Regulations for the medical services of the Army of India
Year: 1930
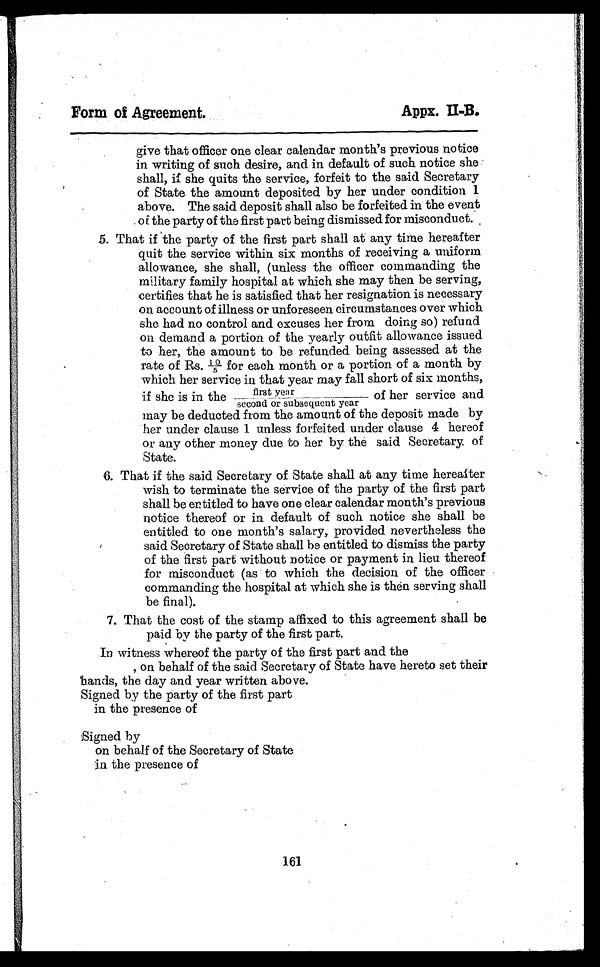
Form of Agreement.
Appx. II-B.
give that officer one clear calendar month's previous notice
in writing of such desire, and in default of such notice she
shall, if she quits the service, forfeit to the said Secretary
of State the amount deposited by her under condition 1
above. The said deposit shall also be forfeited in the event
of the party of the first part being dismissed for misconduct.
5. That if the party of the first part shall at any time hereafter
quit the service within six months of receiving a uniform
allowance, she shall, (unless the officer commanding the
military family hospital at which she may then be serving,
certifies that he is satisfied that her resignation is necessary
on account of illness or unforeseen circumstances over which
she had no control and excuses her from doing so) refund
on demand a portion of the yearly outfit allowance issued
to her, the amount to be refunded being assessed at the
r a t e o f R s . 1 0 / 5 f o r e a c h mo n t h o r a p o r t i o n o f a mo n t h b y
which her service in that year may fall short of six months,
if she is in the first year
/second or subsequent year of her service and
may be deducted from the amount of the deposit made by
her under clause 1 unless forfeited under clause 4 hereof
or any other money due to her by the said Secretary of
State.
6. That if the said Secretary of State shall at any time hereafter
wish to terminate the service of the party of the first part
shall be entitled to have one clear calendar month's previous
notice thereof or in default of such notice she shall be
entitled to one month's salary, provided nevertheless the
said Secretary of State shall be entitled to dismiss the party
of the first part without notice or payment in lieu thereof
for misconduct (as to which the decision of the officer
commanding the hospital at which she is then serving shall
be final).
7. That the cost of the stamp affixed to this agreement shall be
paid by the party of the first part.
In witness whereof the party of the first part and the
, on behalf of the said Secretary of State have hereto set their
hands, the day and year written above.
Signed by the party of the first part
in the presence of
Signed by
on behalf of the Secretary of State
in the presence of
161